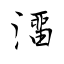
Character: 澑